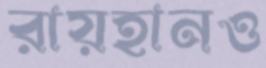
রায়হানও